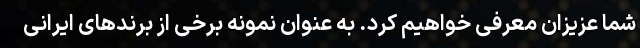
شما عزیزان معرفی خواهیم کرد. به عنوان نمونه برخی از برندهای ایرانی